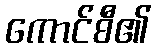
ကောင်စီ၏